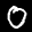
Label: 0